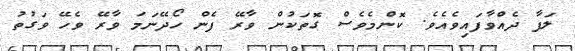
ލަފާ ދެއްވާފައިވެއެވެ. ކޮންމެވެސް ގޮތަކުން ވާރޭ ފެން ހޯދޭނަމަ ވާރޭ ވެހޭ ވަގުތު